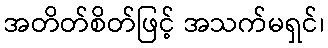
အတိတ်စိတ်ဖြင့် အသက်မရှင်၊